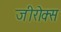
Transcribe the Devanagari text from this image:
जीरोक्स